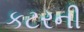
કટરની